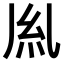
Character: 𫃛